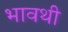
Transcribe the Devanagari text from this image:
भावथी